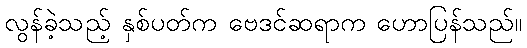
လွန်ခဲ့သည့် နှစ်ပတ်က ဗေဒင်ဆရာက ဟောပြန်သည်။